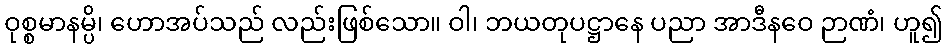
ဝုစ္စမာနမ္ပိ၊ ဟောအပ်သည် လည်းဖြစ်သော။ ဝါ၊ ဘယတုပဋ္ဌာနေ ပညာ အာဒီနဝေ ဉာဏံ၊ ဟူ၍